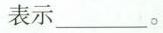
表示___。